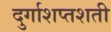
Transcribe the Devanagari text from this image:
दुर्गाशप्तशती